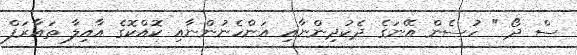
ސް ދޯ " ހުސެން އޭނަގެ ދެކުދިންނާއި އަންހެނުންނާއި ކޮއްކޮގެ އާއިލާ ތައާރަފް